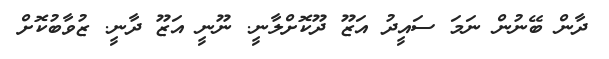
ދާން ބޭނުން ނަމަ ސައީދު އަޒޫ ދޫކޮށްލާނީ. ނޫނީ އަޒޫ ދާނީ. ޒުވާބުކޮށް